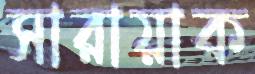
সারায়াক